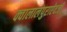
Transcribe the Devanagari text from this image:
क्वालालंपुराऐवजी